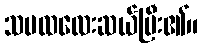
သမထလေးဆယ်ပြီး၏။